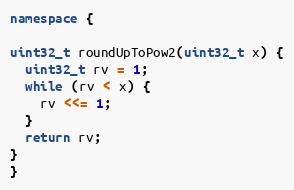
Language: C++
namespace {

uint32_t roundUpToPow2(uint32_t x) {
  uint32_t rv = 1;
  while (rv < x) {
    rv <<= 1;
  }
  return rv;
}
}